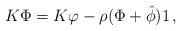
LaTeX: \begin{align*}K\Phi=K\varphi-\rho (\Phi +{\hat \phi})1\,,\end{align*}